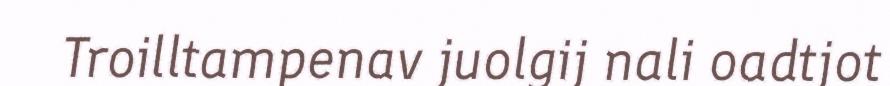
Troilltampenav juolgij nali oadtjot